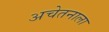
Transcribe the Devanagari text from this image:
अचेतनाला